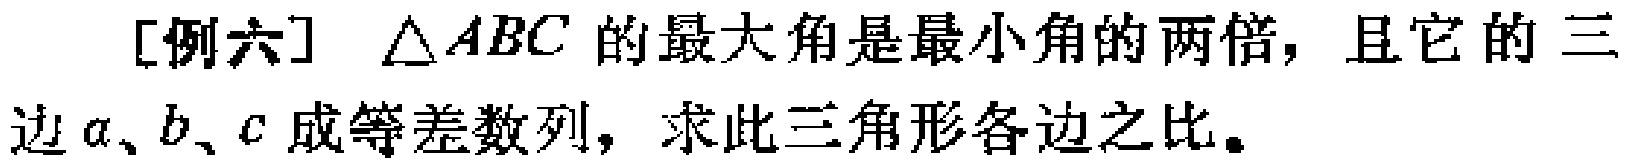
[例六] $\triangle ABC$ 的最大角是最小角的两倍，且它的三边$a、b、c$成等差数列，求此三角形各边之比。